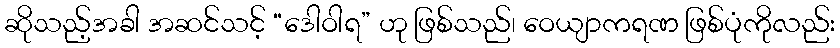
ဆိုသည့်အခါ အဆင်သင့် “ဒေါဝါရ” ဟု ဖြစ်သည်၊ ဝေယျာကရဏ ဖြစ်ပုံကိုလည်း